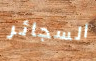
السجائر